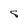
Character: S